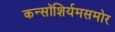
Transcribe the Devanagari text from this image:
कन्सॉशिर्यमसमोर